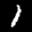
Label: 1